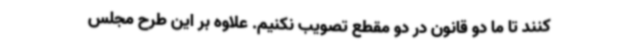
کنند تا ما دو قانون در دو مقطع تصویب نکنیم. علاوه بر این طرح مجلس